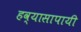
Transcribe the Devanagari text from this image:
हव्यासापायी